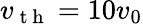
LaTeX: v_{\mathrm{~t~h~}}=10v_{0}